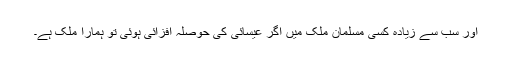
اور سب سے زیادہ کسی مسلمان ملک میں اگر عیسائی کی حوصلہ افزائی ہوئی تو ہمارا ملک ہے۔